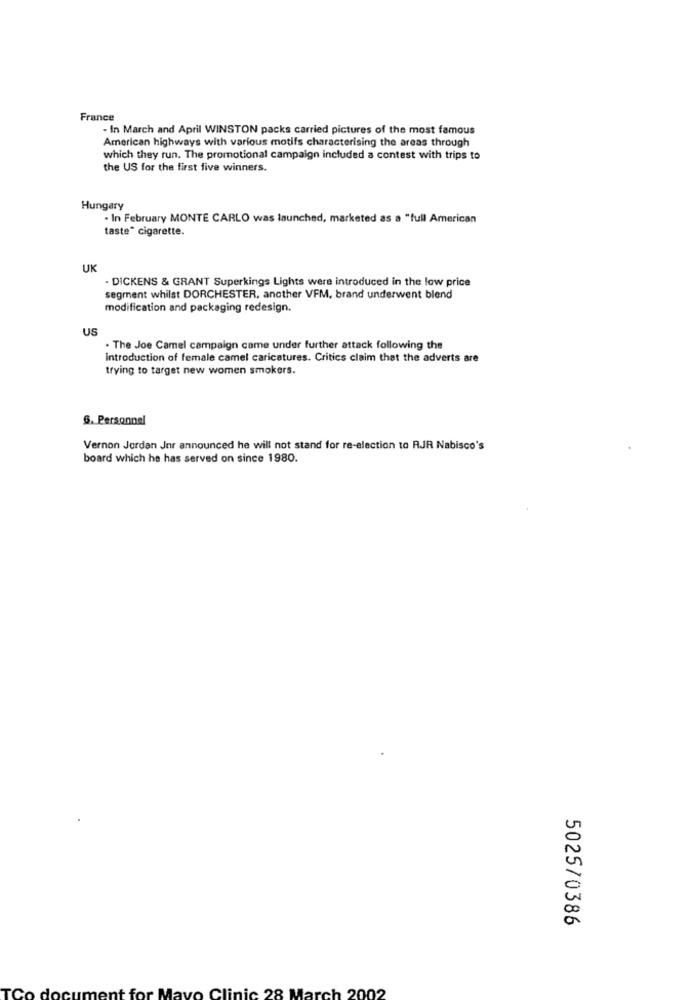
France
- In March and April WINSTON packs carried pictures of the most famous
American highways with various motifs characterising the areas through
which they run. The promotional campaign included a contest with trips to
the US for the first five winners.
Hungary
· In February MONTE CARLO was launched, marketed as a "full American
taste" cigarette.
UK
. DICKENS & GRANT Superkings Lights were introduced in the low price
segment whilst DORCHESTER, another VFM, brand underwent blend
modification and packaging redesign.
US
. The Joe Camel campaign came under further attack following the
Introduction of female camel caricatures. Critics claim that the adverts are
trying to target new women smokers.
6. Personnel
Vernon Jordan Jnr announced he will not stand for re-election to RJR Nabisco's
board which he has served on since 1980.
5025/0386
Clinic 28 March 2002
TC
loc
nt :